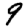
Digit: 9